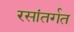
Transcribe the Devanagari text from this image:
रसांतर्गत